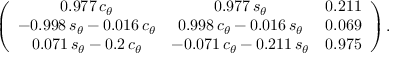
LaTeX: \left( \begin{array} { c c c } { { 0 . 9 7 7 \, c _ { \theta } } } & { { 0 . 9 7 7 \, s _ { \theta } } } & { { 0 . 2 1 1 } } \\ { { - 0 . 9 9 8 \, s _ { \theta } - 0 . 0 1 6 \, c _ { \theta } } } & { { 0 . 9 9 8 \, c _ { \theta } - 0 . 0 1 6 \, s _ { \theta } } } & { { 0 . 0 6 9 } } \\ { { 0 . 0 7 1 \, s _ { \theta } - 0 . 2 \, c _ { \theta } } } & { { - 0 . 0 7 1 \, c _ { \theta } - 0 . 2 1 1 \, s _ { \theta } } } & { { 0 . 9 7 5 } } \end{array} \right) .